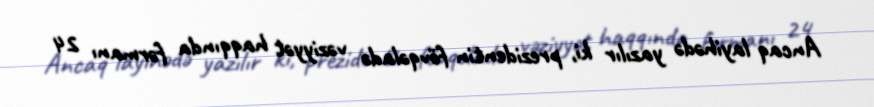
Ancaq layihədə yazılır ki, prezidentin fövqəladə vəziyyət haqqında fərmanı 24